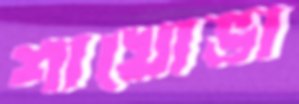
শাখোভা